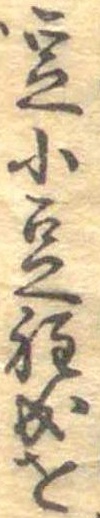
豆小豆程成を